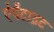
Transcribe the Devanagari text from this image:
ऐपैटाइट